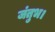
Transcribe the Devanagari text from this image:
जंतुभ।